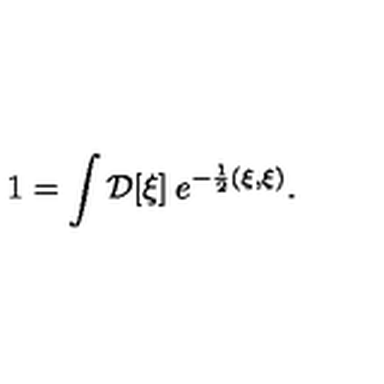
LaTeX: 1 = \int { \cal D } [ \xi ] \: e ^ { - { \frac { 1 } { 2 } } ( \xi , \xi ) } .